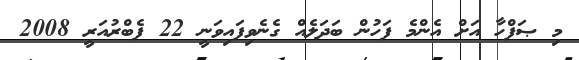
މި ޞަފްހާ އަށް އެންމެ ފަހުން ބަދަލެއް ގެނެވިފައިވަނީ 22 ފެބްރުއަރީ 2008